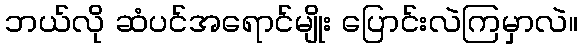
ဘယ်လို ဆံပင်အရောင်မျိုး ပြောင်းလဲကြမှာလဲ။